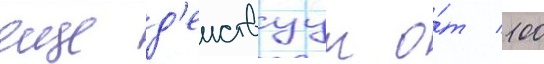
еще д'еиствуут о́т 100